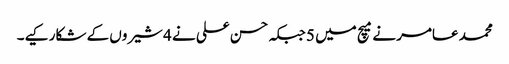
محمد عامر نے میچ میں 5 جبکہ حسن علی نے 4 شیروں کے شکار کیے۔